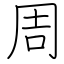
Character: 周